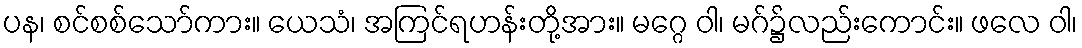
ပန၊ စင်စစ်သော်ကား။ ယေသံ၊ အကြင်ရဟန်းတို့အား။ မဂ္ဂေ ဝါ၊ မဂ်၌လည်းကောင်း။ ဖလေ ဝါ၊